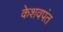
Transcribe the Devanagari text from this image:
केशवपंत